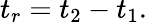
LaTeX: t_{r}=t_{2}-t_{1}.